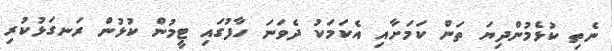
ނެތި ކުޅެމުންދިޔަ ތަން ކަމަށާއި އެކަމަކު ދެވަނަ ހާފުގައި ޓީމުން ކުޅުން ރަނގަޅުކުރި